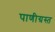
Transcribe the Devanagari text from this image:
पाणीग्रस्त